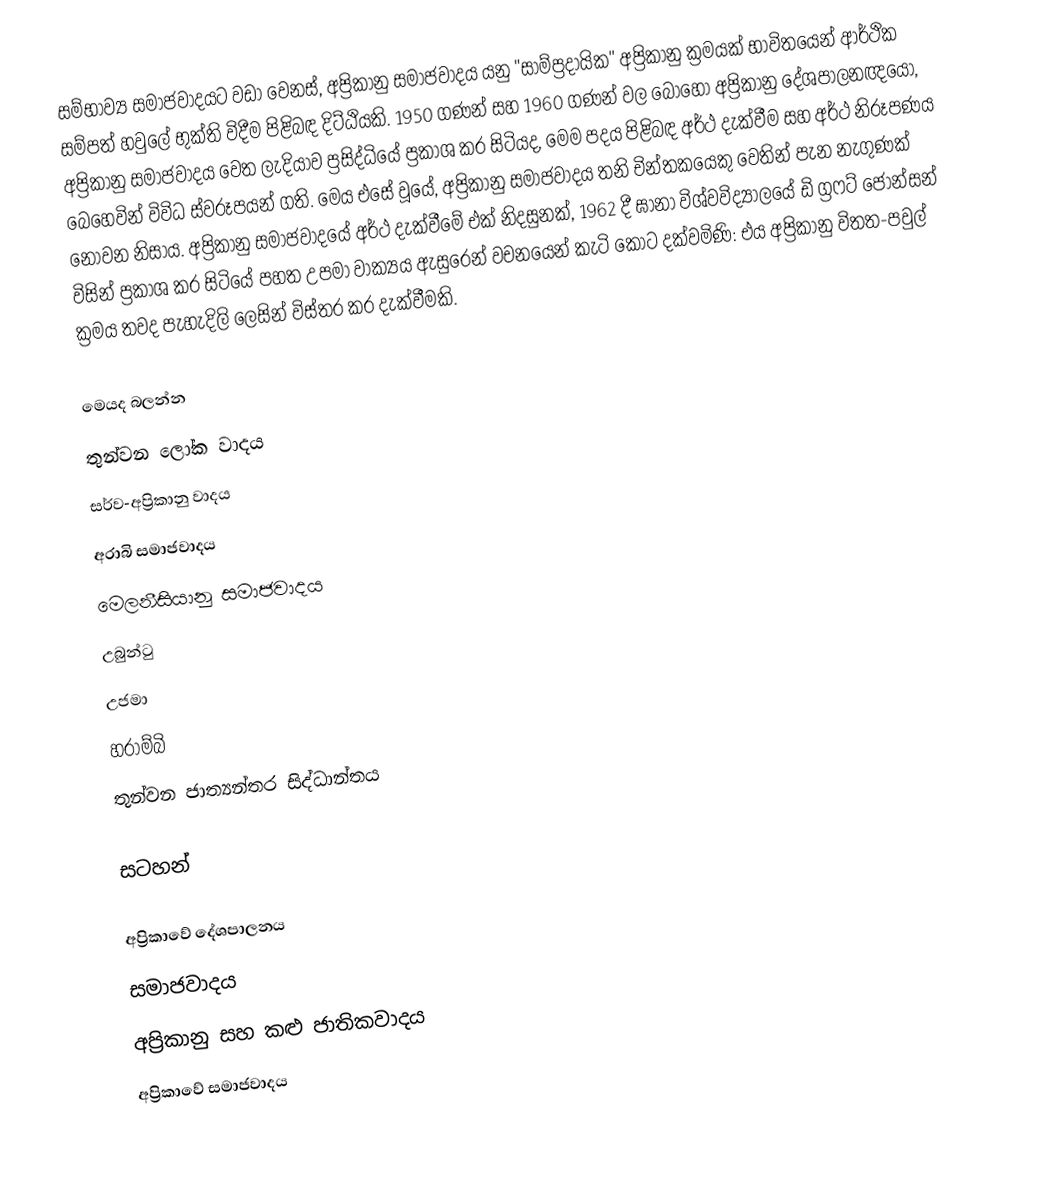
සම්භාව්‍ය සමාජවාදයට වඩා වෙනස්, අප්‍රිකානු සමාජවාදය යනු  "සාම්ප්‍රදායික" අප්‍රිකානු ක්‍රමයක් භාවිතයෙන් ආර්ථික සම්පත් හවුලේ භුක්ති විදීම පිළිබඳ දිට්ඨියකි. 1950 ගණන් සහ 1960 ගණන් වල බොහෝ අප්‍රිකානු දේශපාලනඥයෝ, අප්‍රිකානු සමාජවාදය වෙත ලැදියාව ප්‍රසිද්ධියේ ප්‍රකාශ කර සිටියද, මෙම පදය පිළිබඳ අර්ථ දැක්වීම සහ අර්ථ නිරූපණය බෙහෙවින් විවිධ ස්වරූපයන් ගති. මෙය එසේ වූයේ, අප්‍රිකානු සමාජවාදය තනි චින්තකයෙකු වෙතින් පැන නැගුණක් නොවන නිසාය. අප්‍රිකානු සමාජවාදයේ අර්ථ දැක්වීමේ එක් නිදසුනක්, 1962 දී ඝානා විශ්වවිද්‍යාලයේ ඩි ග්‍රෆට් ජොන්සන් විසින් ප්‍රකාශ කර සිටියේ පහත උපමා වාක්‍යය ඇසුරෙන් වචනයෙන් කැටි කොට දක්වමිණි: එය අප්‍රිකානු විතත-පවුල් ක්‍රමය තවද පැහැදිලි ලෙසින් විස්තර කර දැක්වීමකි.

මෙයද බලන්න
තුන්වන ලෝක වාදය
සර්ව-අප්‍රිකානු වාදය
අරාබි සමාජවාදය
මෙලනීසියානු සමාජවාදය
උබුන්ටු
උජමා
හරාම්බි
තුන්වන ජාත්‍යන්තර සිද්ධාන්තය

සටහන්

අප්‍රිකාවේ දේශපාලනය
සමාජවාදය
අප්‍රිකානු සහ කළු ජාතිකවාදය
අප්‍රිකාවේ සමාජවාදය